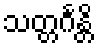
သတ္တင်္ဂန္တိ